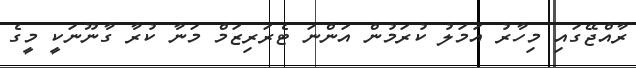
ރާއްޖޭގައި މިހާރު އަމަލު ކުރަމުން އަންނަ ޓެރަރިޒަމް މަނާ ކުރާ ގާނޫނަކީ މީގެ